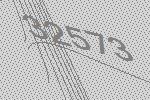
32573